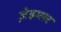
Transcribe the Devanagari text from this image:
ज़ेइग्लर